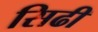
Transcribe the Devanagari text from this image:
सिढी